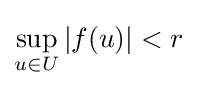
\sup _{u\in U}|f(u)|<r